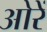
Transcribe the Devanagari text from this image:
ओरें